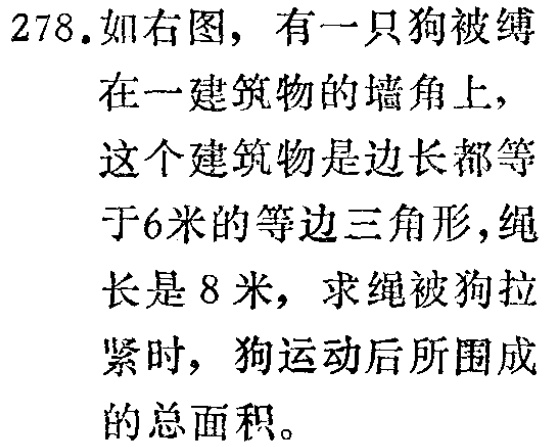
278.如右图，有一只狗被缚

在一建筑物的墙角上，

这个建筑物是边长都等

于6米的等边三角形，绳

长是8米，求绳被狗拉

紧时，狗运动后所围成

的总面积。